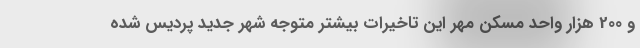
و 200 هزار واحد مسکن مهر این تاخیرات بیشتر متوجه شهر جدید پردیس شده